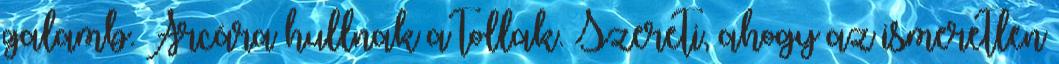
galamb. Arcára hullnak a tollak. Szereti, ahogy az ismeretlen